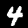
Label: 4